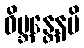
ဝိဗ္ဘန္တေနပိ